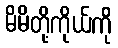
မိမိတို့ကိုယ်ကို